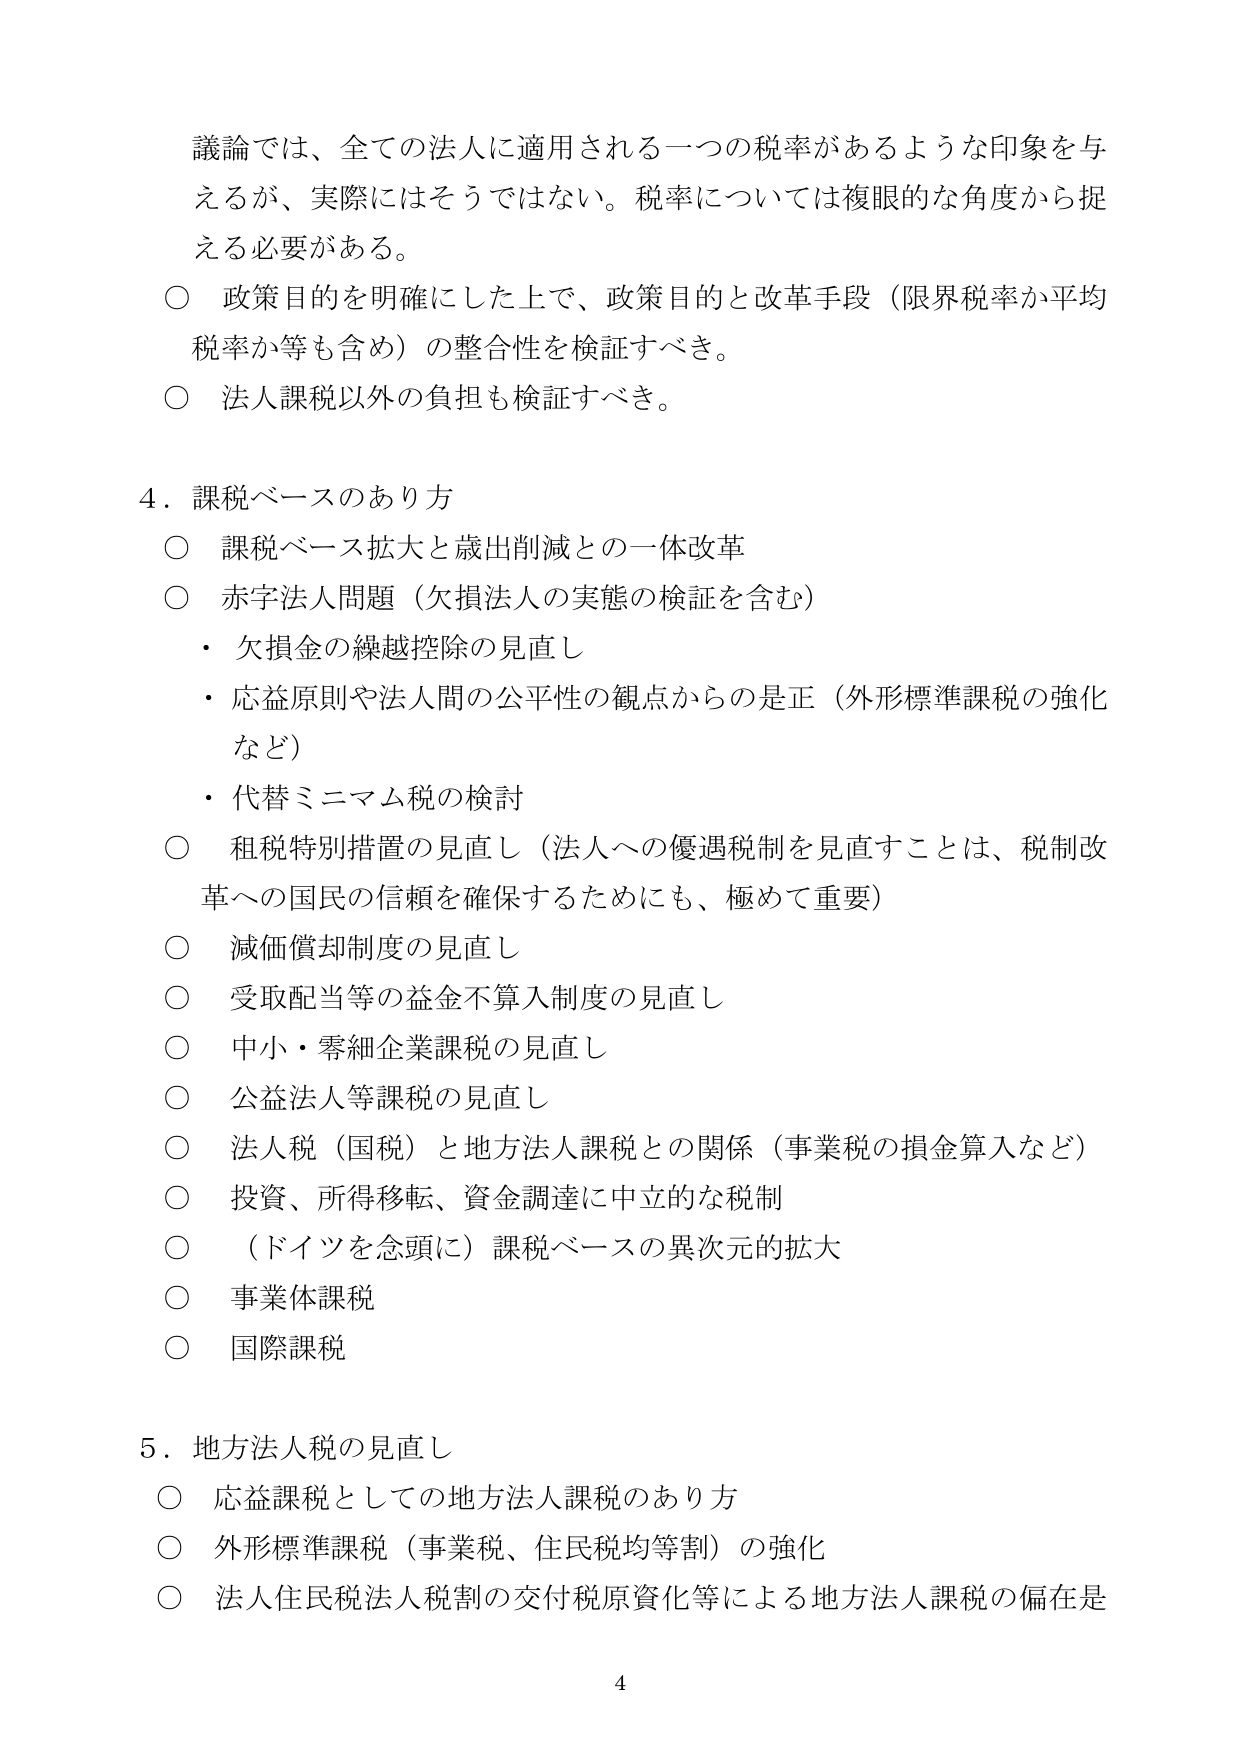
議論では、全ての法人に適用される一つの税率があるような印象を与えるが、実際にはそうではない。税率については複眼的な角度から捉える必要がある。

○ 政策目的を明確にした上で、政策目的と改革手段（限界税率か平均税率か等も含め）の整合性を検証すべき。

○ 法人課税以外の負担も検証すべき。

4．課税ベースのあり方

○ 課税ベース拡大と歳出削減との一体改革

○ 赤字法人問題（欠損法人の実態の検証を含む）
・ 欠損金の繰越控除の見直し
・ 応益原則や法人間の公平性の観点からの是正（外形標準課税の強化など）
・ 代替ミニマム税の検討

○ 租税特別措置の見直し（法人への優遇税制を見直すことは、税制改革への国民の信頼を確保するためにも、極めて重要）

○ 減価償却制度の見直し

○ 受取配当等の益金不算入制度の見直し

○ 中小・零細企業課税の見直し

○ 公益法人等課税の見直し

○ 法人税（国税）と地方法人課税との関係（事業税の損金算入など）

○ 投資、所得移転、資金調達に中立的な税制

○ （ドイツを念頭に）課税ベースの異次元的拡大

○ 事業体課税

○ 国際課税

5．地方法人税の見直し

○ 応益課税としての地方法人課税のあり方

○ 外形標準課税（事業税、住民税均等割）の強化

○ 法人住民税法人税割の交付税原資化等による地方法人課税の偏在是

4